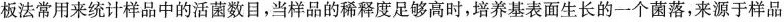
板法常用来统计样品中的活菌数目，当样品的稀释度足够高时，培养基表面生长的一个菌落，来源于样品